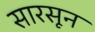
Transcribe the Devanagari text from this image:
सारसून